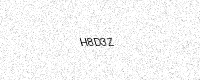
Text: H8D3Z